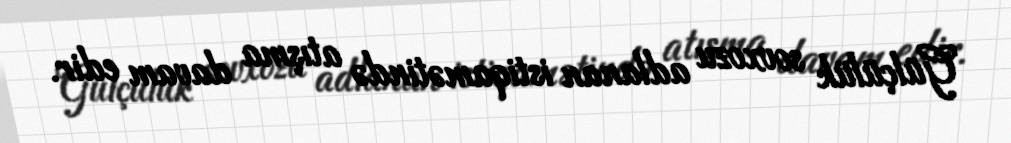
Gülçülük sovxozu adlanan istiqamətində atışma davam edir.